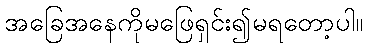
အခြေအနေကိုမဖြေရှင်း၍မရတော့ပါ။